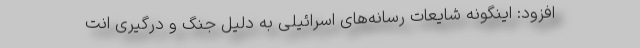
افزود: اینگونه شایعات رسانه‌های اسرائیلی به دلیل جنگ و درگیری انت